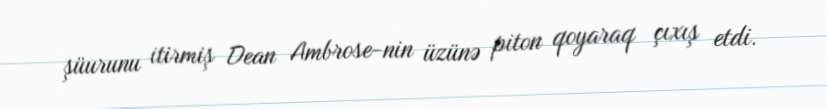
şüurunu itirmiş Dean Ambrose-nin üzünə piton qoyaraq çıxış etdi.